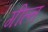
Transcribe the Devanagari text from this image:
गील्त